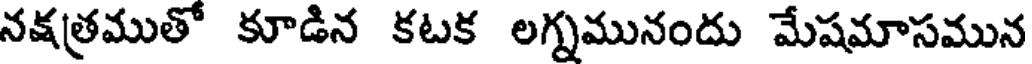
నక్షత్రముతో కూడిన కటక లగ్నమునందు మేషమాసమున